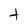
Character: t